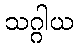
သဂ္ဂါယ